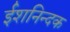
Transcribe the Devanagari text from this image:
ईशनिन्दक